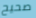
صحيح